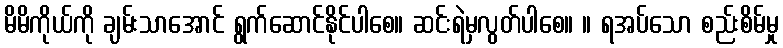
မိမိကိုယ်ကို ချမ်းသာအောင် ရွက်ဆောင်နိုင်ပါစေ။ ဆင်းရဲမှလွတ်ပါစေ။ ။ ရအပ်သော စည်းစိမ်မှု